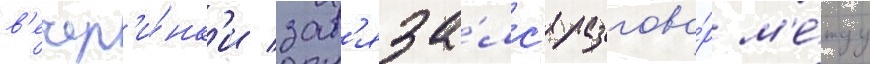
в'ечер'и́нк'и зав'яза́лс'я разгово́р м'е́жду